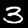
Label: 3